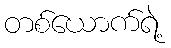
တစ်ယောက်ရဲ့